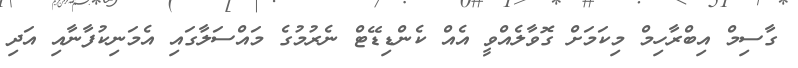
ގާސިމް އިބްރާހިމް މިކަމަށް ގޮވާލެއްވީ އެއް ކެންޑިޑޭޓް ނެރުމުގެ މައްސަލާގައި އެމަނިކުފާނާއި އަދި